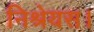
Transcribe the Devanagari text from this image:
निश्रेयस।